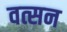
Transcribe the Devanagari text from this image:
वत्सन